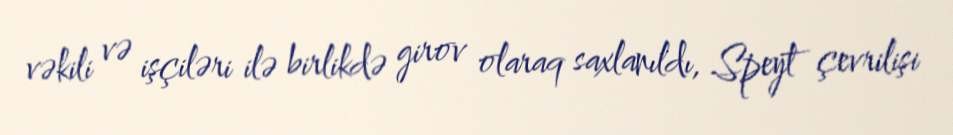
vəkili və işçiləri ilə birlikdə girov olaraq saxlanıldı, Speyt çevrilişi